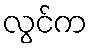
လွင်က